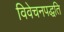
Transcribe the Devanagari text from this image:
विवेचनपद्धति